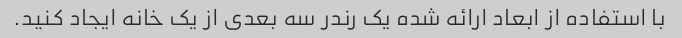
با استفاده از ابعاد ارائه شده یک رندر سه بعدی از یک خانه ایجاد کنید.